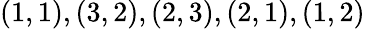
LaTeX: {(1,1),(3,2),(2,3),(2,1),(1,2)}